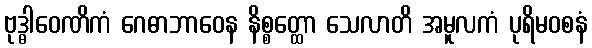
ဗုဒ္ဓါဝေဏိကံ ဂေဓာဘာဝေန နိစ္စတ္ထော သေလာတိ အမူလကံ ပုရိမဝစနံ